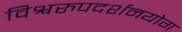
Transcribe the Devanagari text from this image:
विश्वरुपदर्शनयोग